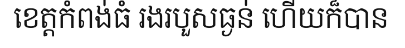
ខេត្តកំពង់ធំ រងរបួសធ្ងន់ ហើយក៏បាន